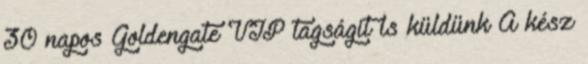
30 napos Goldengate VIP tagságit is küldünk A kész